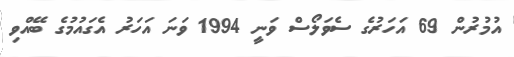
އުމުރުން 69 އަހަރުގެ ސެވަލޯސް ވަނީ 1994 ވަނަ އަހަރު އެގައުމުގެ ބޭއްވި